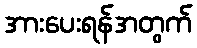
အားပေးရန်အတွက်